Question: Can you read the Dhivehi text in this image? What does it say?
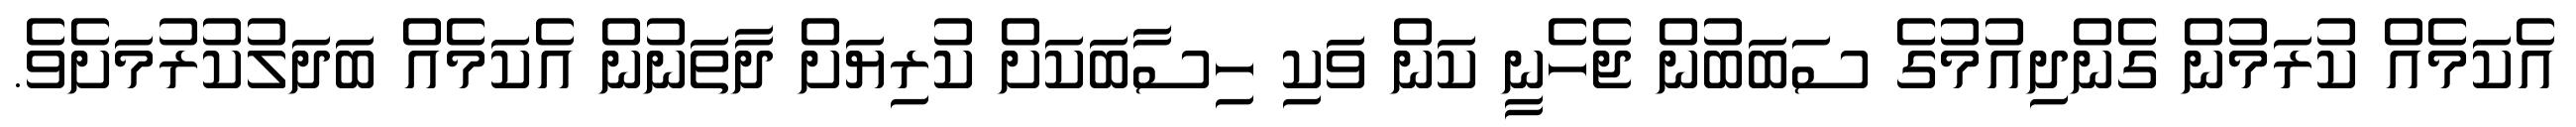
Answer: އެކަމެއް ކުރަމުން ގެންދިއުމުގެ ސަބަބުން ޖެހެނީ ކަން ވަކި ހިސާބަކަށް ކުރިޔަށް ދާތަނުން އެކަމެއް ބަދަލުކުރުމަށެވެ.